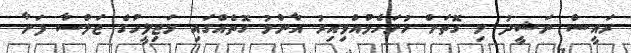
ރައީސް ނަޝީދު މި ގޮތަށް ހުށަހެޅުއްވިއިރު އާންމު ގޮތެއްގައި މަޖިލީހުގެ ޖަލްސާ ފަށާ